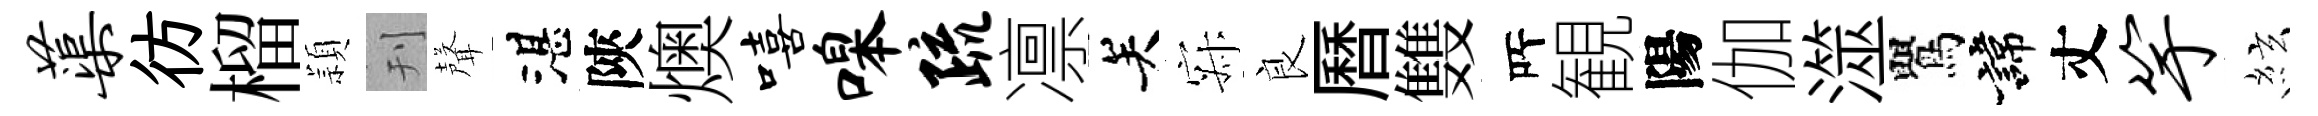
蕖彷榴頴刊聲湛陝燠嘻嗥疏凛关寂良曆䨇𠩄観陽伽澨鸎諱丈竽絃